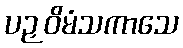
ပဉှဝိမံသကာသေ